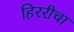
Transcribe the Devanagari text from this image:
हिररीचा